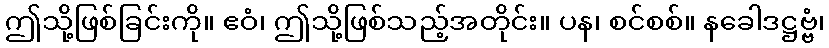
ဤသို့ဖြစ်ခြင်းကို။ ဧဝံ၊ ဤသို့ဖြစ်သည့်အတိုင်း။ ပန၊ စင်စစ်။ နခေါဒဋ္ဌဗ္ဗံ၊